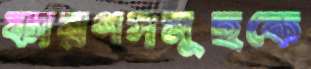
কারণসমূহকে